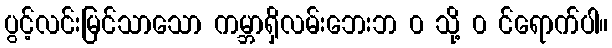
ပွင့်လင်းမြင်သာသော ကမ္ဘာရှိလမ်းဘေးဘ ၀ သို့ ၀ င်ရောက်ပါ။